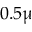
0 . 5 \upmu